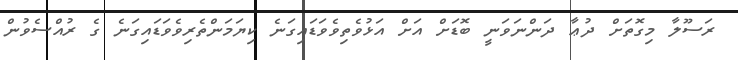
ރަސޫލާ މިގޮތަށް ދުޢާ ދަންނަވަނީ ބޮޑަށް އަށް އަޅުވެތިވެވަޑައިގަނެ ކިޔަމަންތެރިވެވަޑައިގަނެ ގެ ރުއްސެވުން